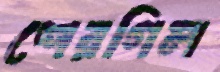
শেরগিল